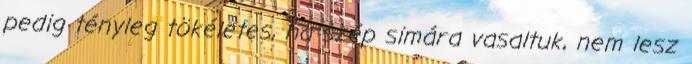
pedig tényleg tökéletes, ha szép simára vasaltuk, nem lesz